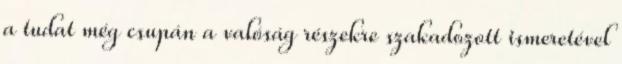
a tudat még csupán a valóság részekre szakadozott ismeretével